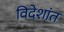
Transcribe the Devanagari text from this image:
विदेशांत